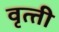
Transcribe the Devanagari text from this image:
वृत्‍ती